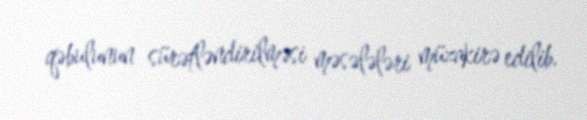
qəbulunun sürətləndirilməsi məsələləri müzakirə edilib.